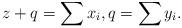
LaTeX: \begin{align*}z+q=\sum x_i, q=\sum y_i.\end{align*}